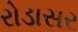
રોડાસર